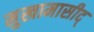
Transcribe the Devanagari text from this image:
मुखामासीद्